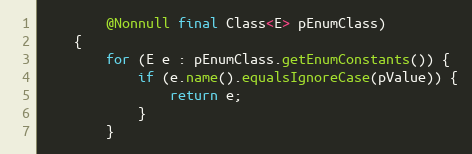
Language: Java
        @Nonnull final Class<E> pEnumClass)
    {
        for (E e : pEnumClass.getEnumConstants()) {
            if (e.name().equalsIgnoreCase(pValue)) {
                return e;
            }
        }